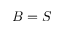
B = S